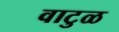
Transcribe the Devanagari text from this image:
वाटुळ